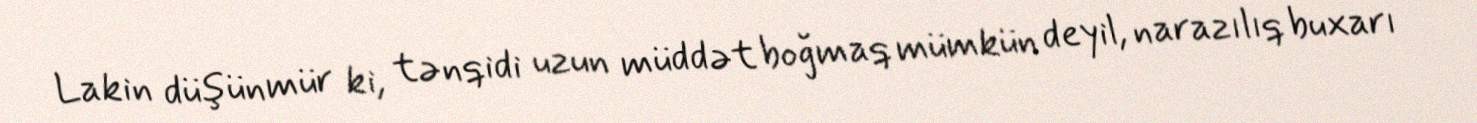
Lakin düşünmür ki, tənqidi uzun müddət boğmaq mümkün deyil, narazılıq buxarı